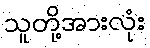
သူတို့အားလုံး